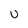
Character: U